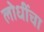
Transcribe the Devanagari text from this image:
लोधींचा